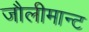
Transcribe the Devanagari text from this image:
जौलीमान्‍ट